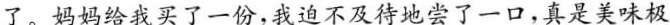
了。妈妈给我买了一份，我迫不及待地尝了一口，真是美味极